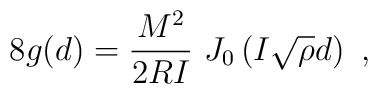
8 g(d)= {M^2\over 2RI}\ J_0 \left( I\sqrt{\rho}d \right) \ ,